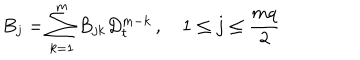
B _ { j } = \sum _ { k = 1 } ^ { m } B _ { j k } D _ { t } ^ { m - k } \, , \quad 1 \leq j \leq \frac { m q } { 2 }